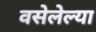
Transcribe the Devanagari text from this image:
वसेलेल्या